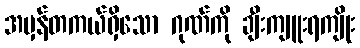
အမှန်တကယ်ရှိသော ဂုဏ်ကို ချီးကျူးရကျိုး